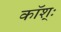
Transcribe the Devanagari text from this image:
कॉश्ः